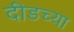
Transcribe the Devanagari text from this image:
दीडच्या